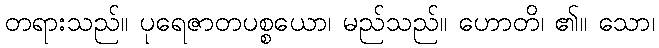
တရားသည်။ ပုရေဇာတပစ္စယော၊ မည်သည်။ ဟောတိ၊ ၏။ သော၊